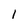
Character: 1